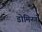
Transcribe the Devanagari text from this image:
डोमिनगो